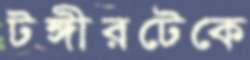
টঙ্গীরটেকে